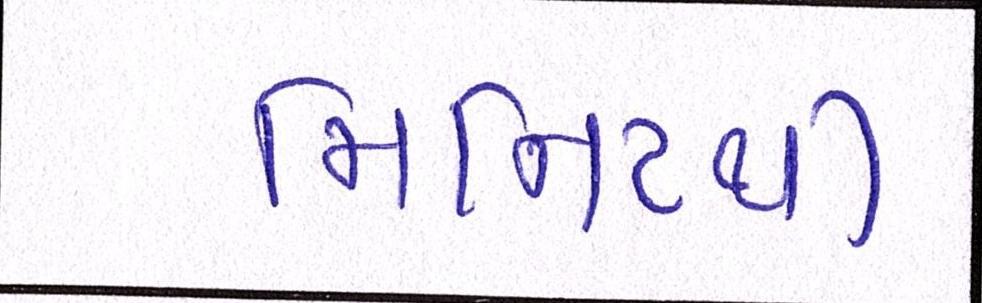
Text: મિનિટથી